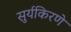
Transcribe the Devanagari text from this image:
सुर्यकिरणे